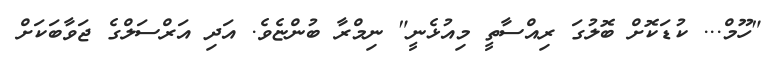
"ހޫމް... ކުޑަކޮށް ބޮލުގަ ރިއްސާތީ މިއުޅެނީ" ނިމްރާ ބުންޏެވެ. އަދި އަރްސަލްގެ ޖަވާބަކަށް